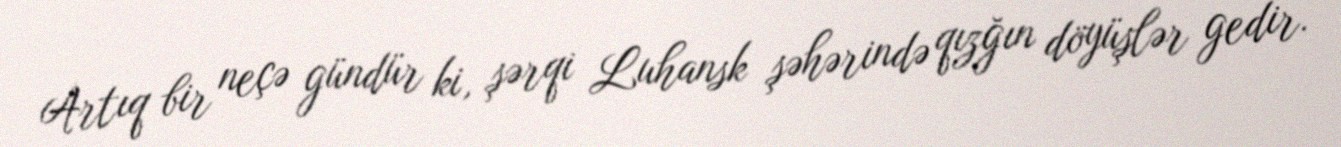
Artıq bir neçə gündür ki, şərqi Luhansk şəhərində qızğın döyüşlər gedir.